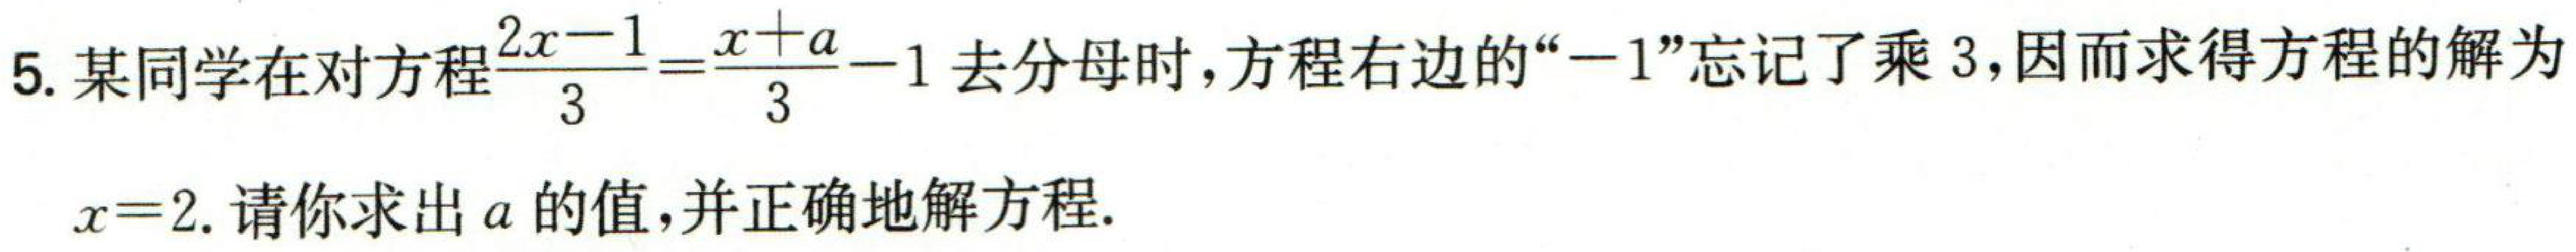
5. 某同学在对方程$\frac{2x - 1}{3}=\frac{x + a}{3}-1$去分母时，方程右边的“$-1$”忘记了乘$3$，因而求得方程的解为

$x = 2$. 请你求出$a$的值，并正确地解方程.